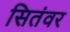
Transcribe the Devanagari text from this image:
सितंवर